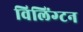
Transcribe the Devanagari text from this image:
विलिंग्‍टन